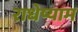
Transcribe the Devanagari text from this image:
राधेष्याम